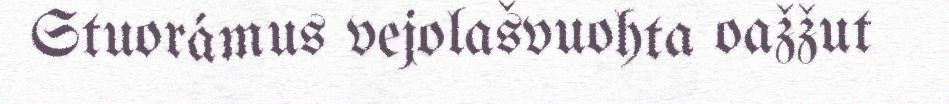
Stuorámus vejolašvuohta oažžut